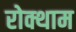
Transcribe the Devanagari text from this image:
रोक्थाम